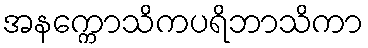
အနက္ကောသိကပရိဘာသိကာ